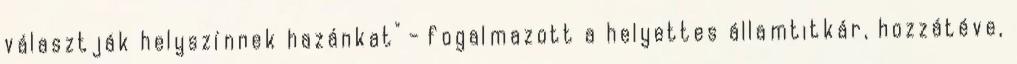
választják helyszínnek hazánkat" - fogalmazott a helyettes államtitkár, hozzátéve,